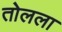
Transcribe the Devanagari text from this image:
तोलला